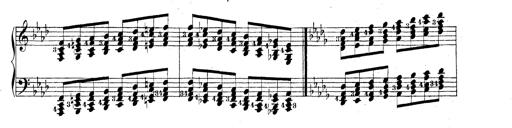
Title: Technische Studien
Composer: Franz Liszt